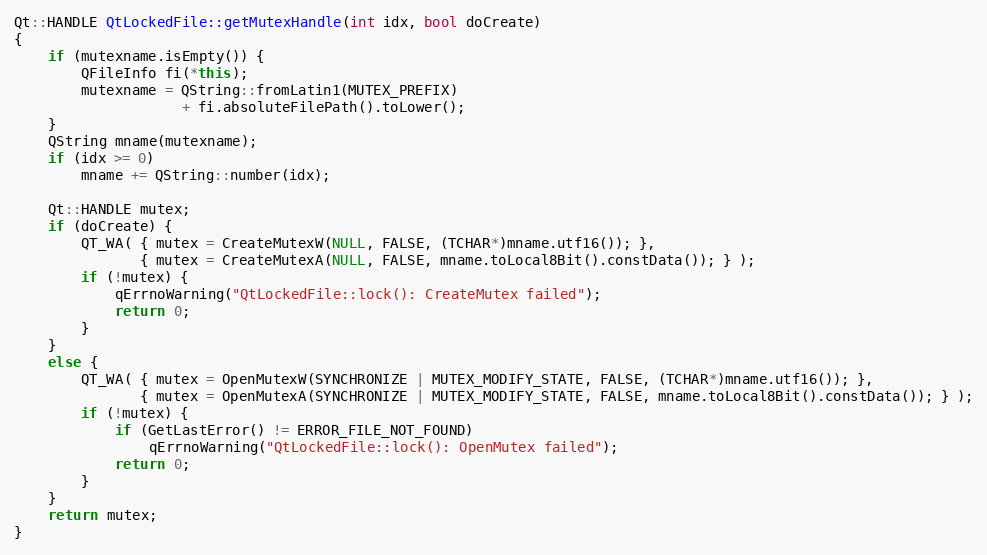
Language: C++
Qt::HANDLE QtLockedFile::getMutexHandle(int idx, bool doCreate)
{
    if (mutexname.isEmpty()) {
        QFileInfo fi(*this);
        mutexname = QString::fromLatin1(MUTEX_PREFIX)
                    + fi.absoluteFilePath().toLower();
    }
    QString mname(mutexname);
    if (idx >= 0)
        mname += QString::number(idx);

    Qt::HANDLE mutex;
    if (doCreate) {
        QT_WA( { mutex = CreateMutexW(NULL, FALSE, (TCHAR*)mname.utf16()); },
               { mutex = CreateMutexA(NULL, FALSE, mname.toLocal8Bit().constData()); } );
        if (!mutex) {
            qErrnoWarning("QtLockedFile::lock(): CreateMutex failed");
            return 0;
        }
    }
    else {
        QT_WA( { mutex = OpenMutexW(SYNCHRONIZE | MUTEX_MODIFY_STATE, FALSE, (TCHAR*)mname.utf16()); },
               { mutex = OpenMutexA(SYNCHRONIZE | MUTEX_MODIFY_STATE, FALSE, mname.toLocal8Bit().constData()); } );
        if (!mutex) {
            if (GetLastError() != ERROR_FILE_NOT_FOUND)
                qErrnoWarning("QtLockedFile::lock(): OpenMutex failed");
            return 0;
        }
    }
    return mutex;
}